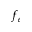
f _ { e }